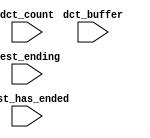
module vectadd_nios2_qsys_0_oci_test_bench (
                                             // inputs:
                                              dct_buffer,
                                              dct_count,
                                              test_ending,
                                              test_has_ended
                                           )
;

  input   [ 29: 0] dct_buffer;
  input   [  3: 0] dct_count;
  input            test_ending;
  input            test_has_ended;


endmodule